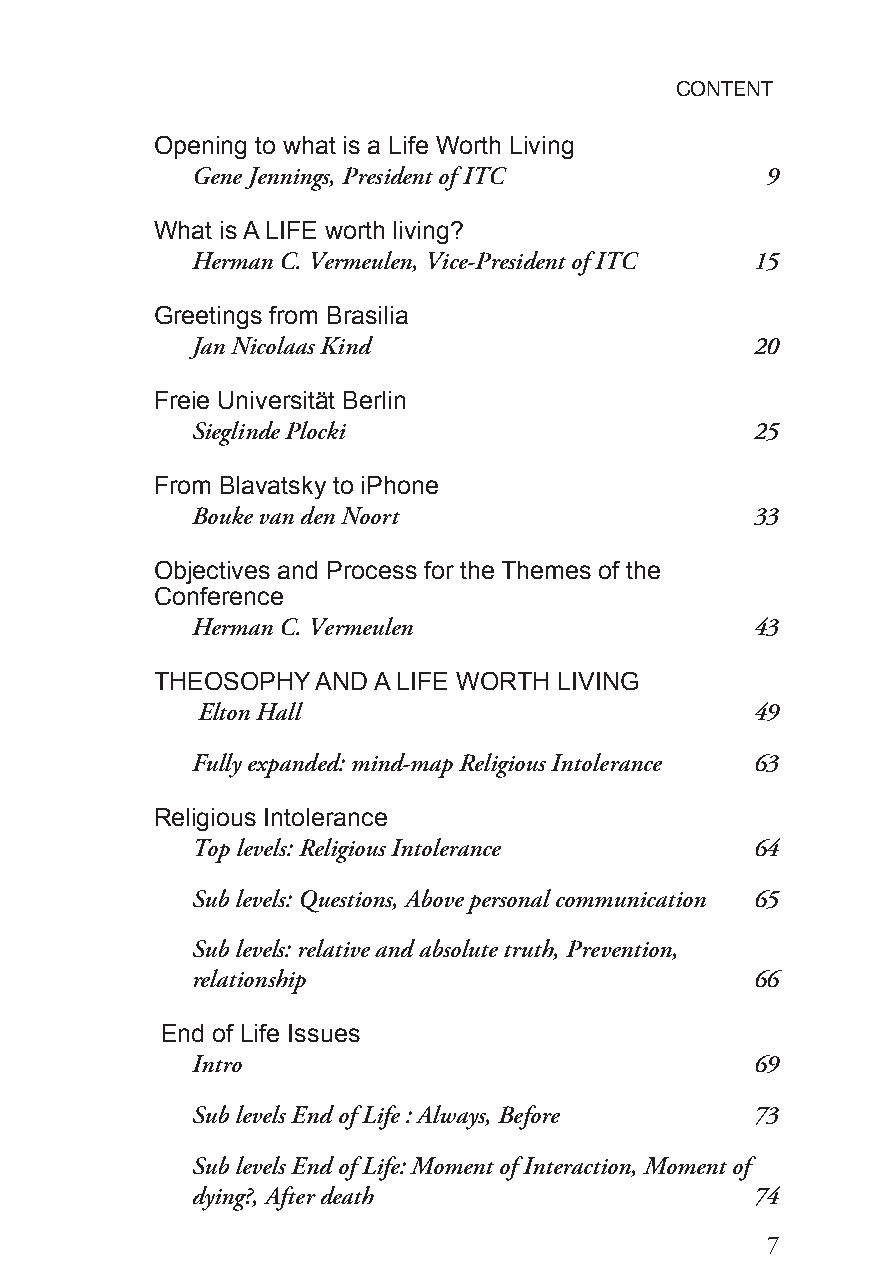
CONTENT
 Opening to what is a Life Worth Living
 GeneJennings,PresidentofITC           9
 What isALIFE worth living?
 HermanC.Vermeulen,Vice-PresidentofITC 15
 Greetings from Brasilia
 JanNicolaasKind                      20
 Freie Universität Berlin
 SieglindePlocki                      25
 From Blavatsky to iPhone
 BoukevandenNoort                     33
 Objectives and Process for the Themes of the
 Conference
 HermanC.Vermeulen                    43
 THEOSOPHYANDALIFE   WORTH  LIVING
 EltonHall                            49
 Fullyexpanded:mind-mapReligiousIntolerance 63
 Religious Intolerance
 Toplevels:ReligiousIntolerance       64
 Sublevels:Questions,Abovepersonalcommunication 65
 Sublevels:relativeandabsolutetruth,Prevention,
 relationship                         66
 End of Life Issues
 Intro                                69
 SublevelsEndofLife:Always,Before     73
 SublevelsEndofLife:MomentofInteraction,Momentof
 dying?,Afterdeath                    74
 7